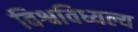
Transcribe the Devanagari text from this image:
विश्वविध्यल्य